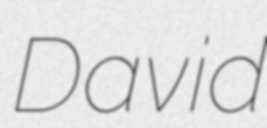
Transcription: David